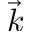
\vec { k }